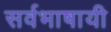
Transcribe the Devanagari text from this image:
सर्वभाषायी